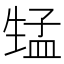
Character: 𱰚